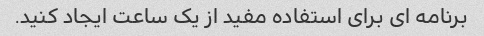
برنامه ای برای استفاده مفید از یک ساعت ایجاد کنید.